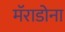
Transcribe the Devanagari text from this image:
मॅराडोना